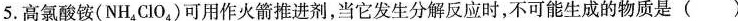
5.高氯酸铵(NH_{4} ClO_{4} )可用作火箭推进剂，当它发生分解反应时，不可能生成的物质是()